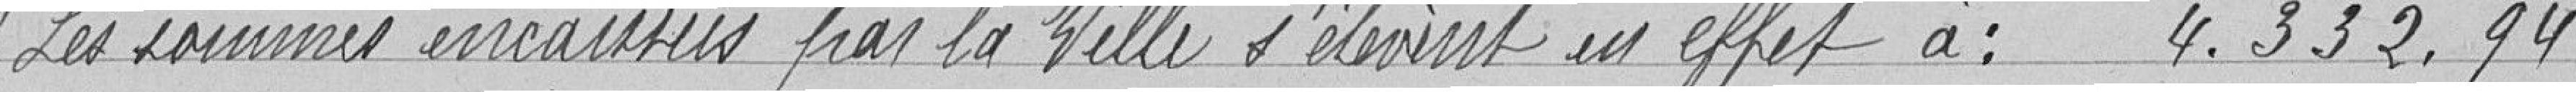
Les sommes encaissées par la ville s'élèvent en effet à : 4. 332. 94